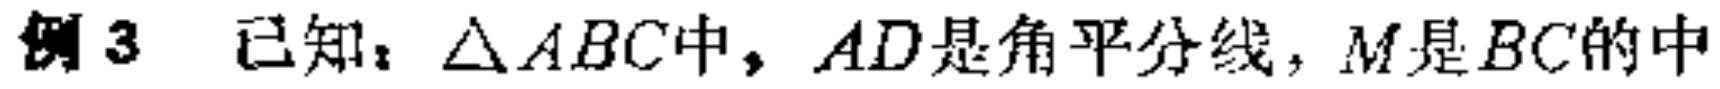
例3 已知：$\triangle ABC$中，$AD$是角平分线，$M$是$BC$的中